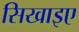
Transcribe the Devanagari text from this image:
सिखाइए